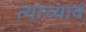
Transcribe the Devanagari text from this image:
त्याच्यावं